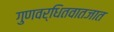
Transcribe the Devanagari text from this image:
गुणवर्धितवातजात